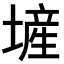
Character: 𪤕